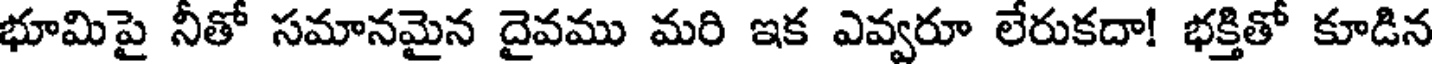
భూమిపై నీతో సమానమైన దైవము మరి ఇక ఎవ్వరూ లేరుకదా! భక్తితో కూడిన